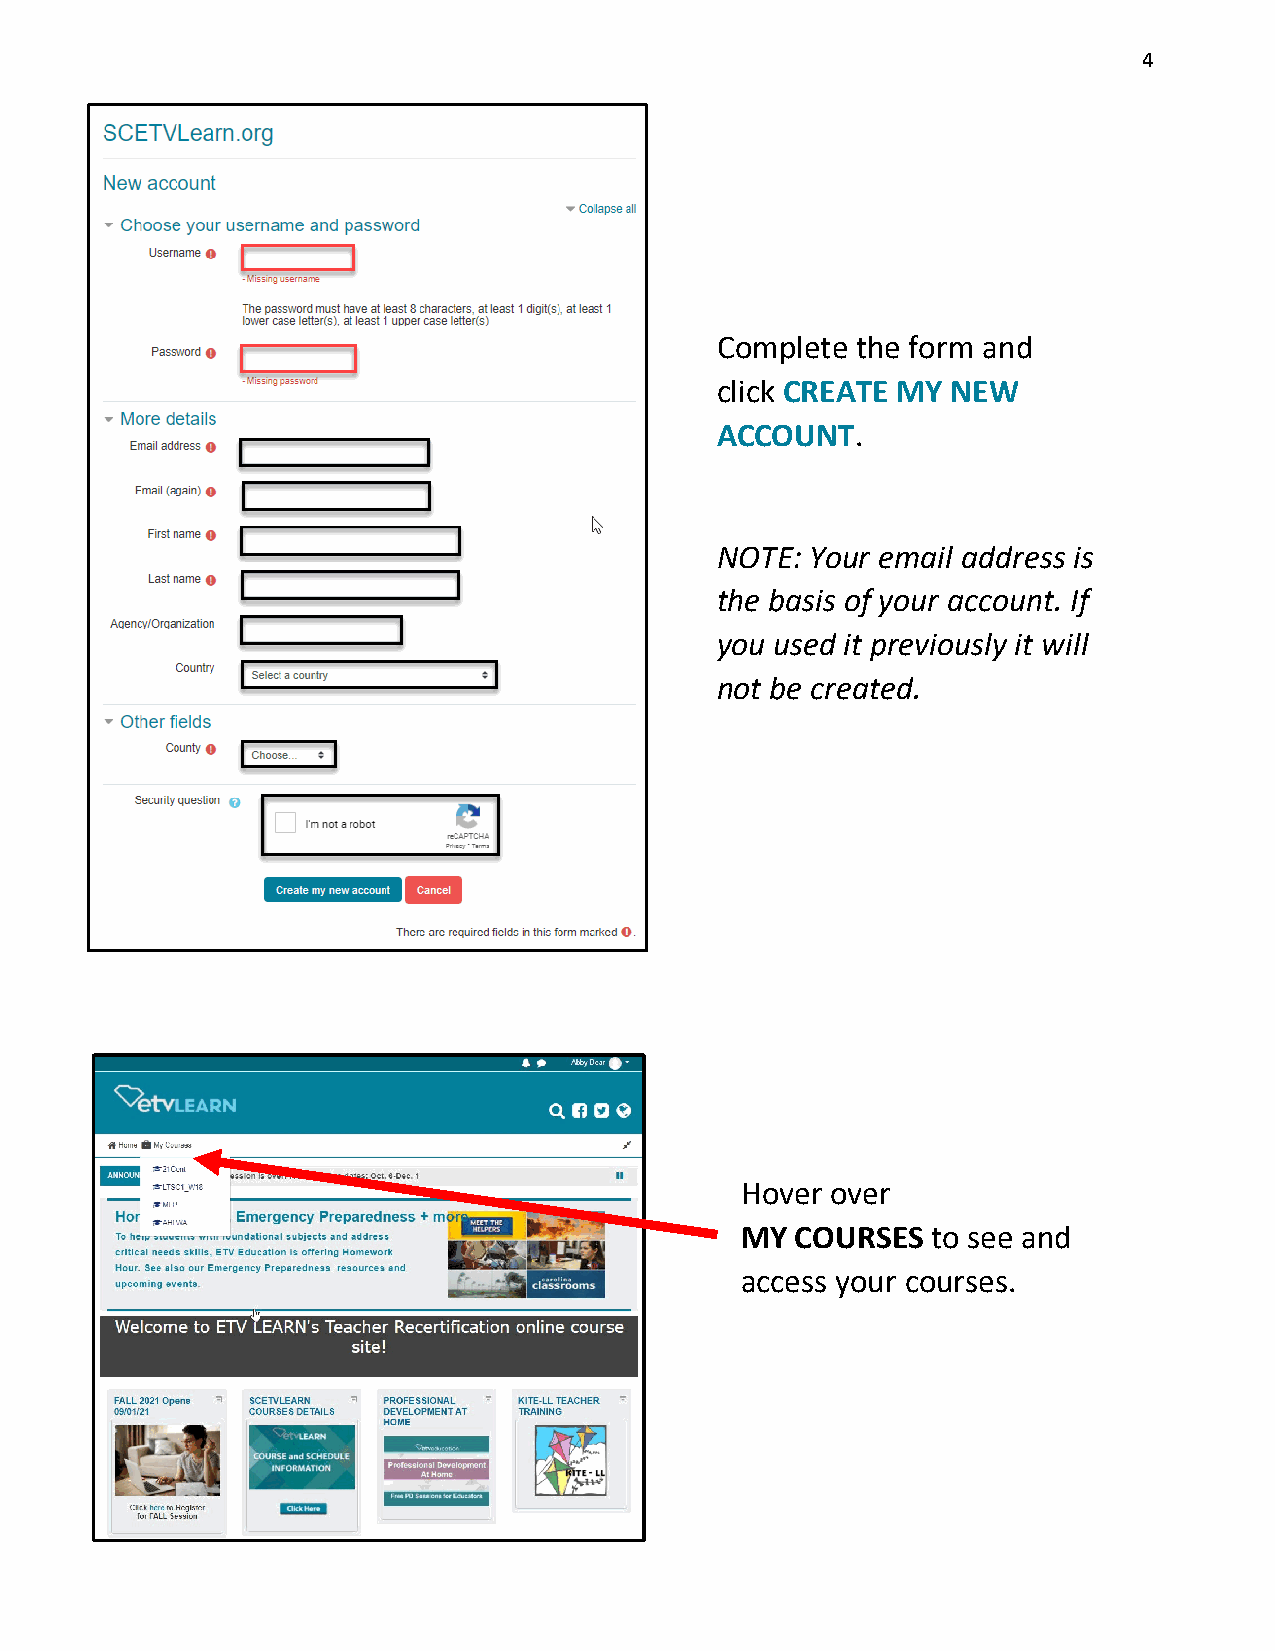
4
 Complete  the form and
 click CREATE MY NEW
 ACCOUNT.
 NOTE:  Your email address is
 the basis of your account. If
 you used it previously it will
 not be created.
 Hover over
 MY  COURSES  to see and
 access your courses.